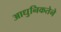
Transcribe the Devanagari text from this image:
आधुनिकतेने